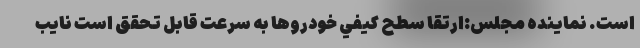
است. نماینده مجلس:ارتقا سطح كيفي خودروها به سرعت قابل تحقق است نایب